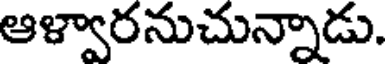
ఆళ్వారనుచున్నాడు.